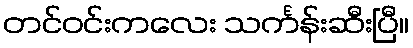
တင်ဝင်းကလေး သင်္ကန်းဆီးပြီ။